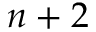
n + 2